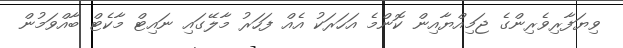
ވިޔަފާރިވެރިންގެ ޖަމިއްޔާއިން ކޮންމެ އަހަރަކު އެއް ފަހަރު މާލޭގައި ނައިޓް މާކެޓް ބާއްވަމުން